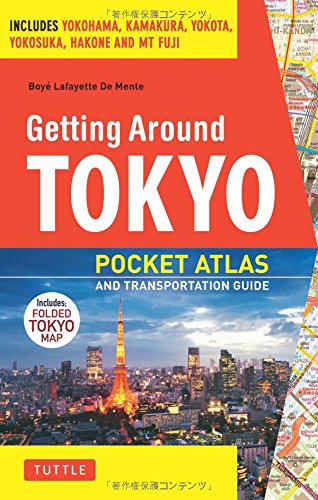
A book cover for Getting Around Tokyo Pocket Atlas and Transportation Guide: Includes Yokohama, Kamakura, Yokota, Yokosuka, Hakone and MT Fuji; Boye Lafayette De Mente; Travel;